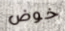
خوض